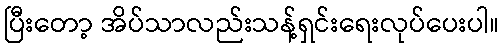
ပြီးတော့ အိပ်သာလည်းသန့်ရှင်းရေးလုပ်ပေးပါ။